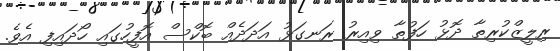
ރިލީޒްކުރިތާ ދޮޅު ހަފުތާ ވިއިރު ރަނގަޅު އަދަދެއް ބޮކްސް އޮފީހުގައި ހޯދައިފި އެވެ.